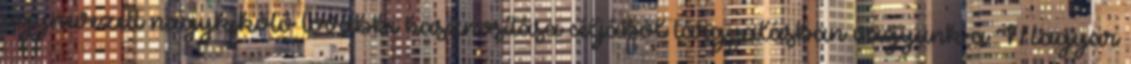
úgynevezett nagykikötő további hasznosítása céljából tárgyalásban vagyunk a Magyar